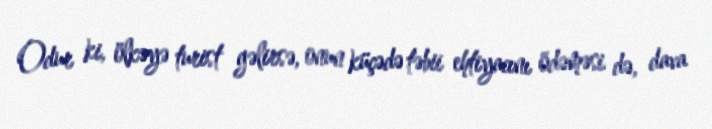
Odur ki, ölkəyə turist gəlirsə, onun küçədə təbii ehtiyacını ödəməsi də, dava